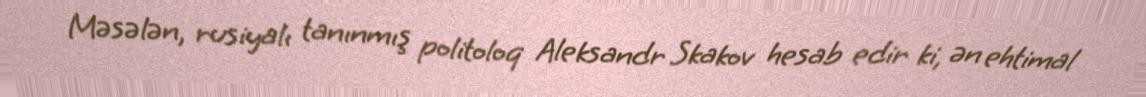
Məsələn, rusiyalı tanınmış politoloq Aleksandr Skakov hesab edir ki, ən ehtimal